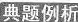
典题例析